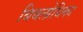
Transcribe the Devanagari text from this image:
बिबलोथिका